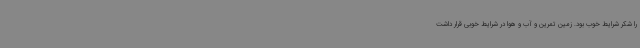
را شکر شرایط خوب بود. زمین تمرین و آب و هوا در شرایط خوبی قرار داشت